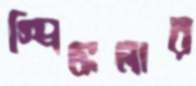
স্প্রিঙ্কলার